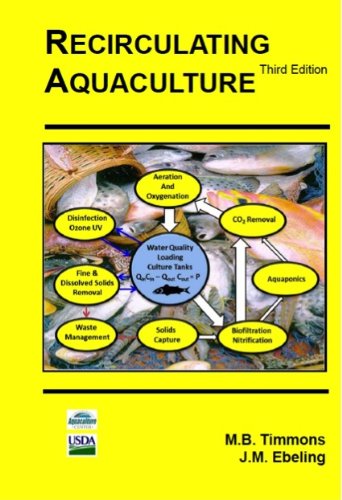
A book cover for Recirculating Aquaculture, 3rd Edition; Michael B. Timmons; Science & Math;